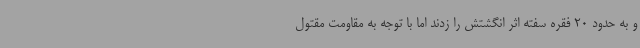
و به حدود 20 فقره سفته اثر انگشتش را زدند اما با توجه به مقاومت مقتول